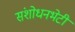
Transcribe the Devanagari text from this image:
संशोधनभेटी